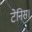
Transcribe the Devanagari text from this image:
टेनिस।